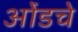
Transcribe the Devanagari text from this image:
ओंडचे